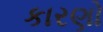
કારણો